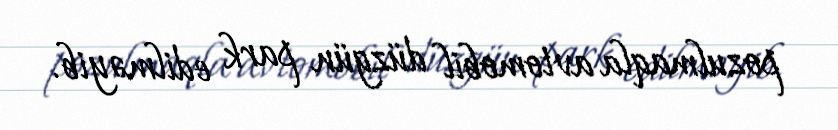
pozulmaqla avtomobil düzgün park edilməyib.